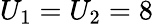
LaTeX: U_{1}=U_{2}=8